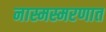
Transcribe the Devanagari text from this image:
नास्मस्मरणात